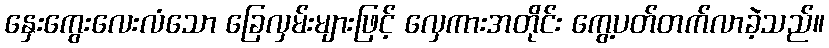
နှေးကွေးလေးလံသော ခြေလှမ်းများဖြင့် လှေကားအတိုင်း ကွေ့ပတ်တက်လာခဲ့သည်။